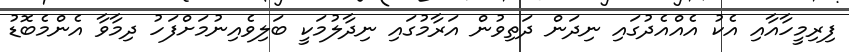
ފިރިމީހާއާއި އެކު އެއްއެދުގައި ނިދަން ދަތިވުން އަރާމުގައި ނިދާލުމަކީ ބަލިވެއިނުމަށްފަހު ދިމާވާ އެންމެބޮޑު